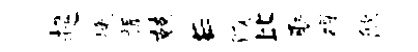
趄挽振兢E濮比聚碍歙